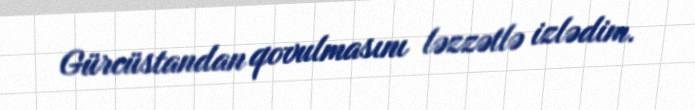
Gürcüstandan qovulmasını ləzzətlə izlədim.